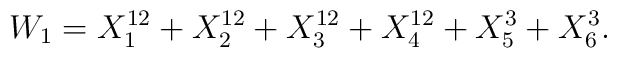
W_{1} = X_{1}^{12} +X_{2}^{12} +X_{3}^{12} +X_{4}^{12} +X_{5}^{3} +X_{6}^{3} .